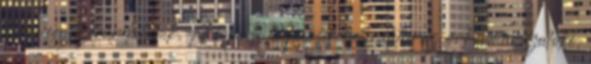
elsőre egyszerűnek tűnik. A tóparti települések belterületén az önkormányzatoké,